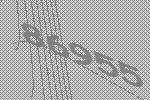
86955